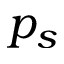
p _ { s }